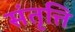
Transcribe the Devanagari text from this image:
संतृत्ति